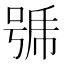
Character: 𭈹